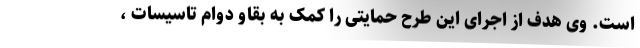
است. وی هدف از اجرای این طرح حمایتی را کمک به بقاو دوام تاسیسات ،